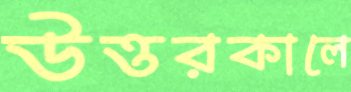
উত্তরকালে